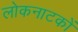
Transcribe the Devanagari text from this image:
लोकनाटकों